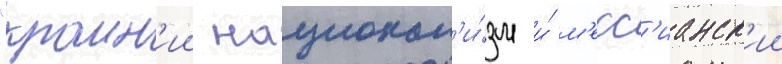
"краин'ии национал'и́зм и́ м'есс'ианск'ии